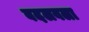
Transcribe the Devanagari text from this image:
बदलवला